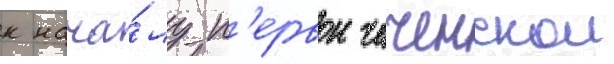
к нача́лу п'ервои чеченскои